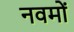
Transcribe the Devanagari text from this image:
नवमों